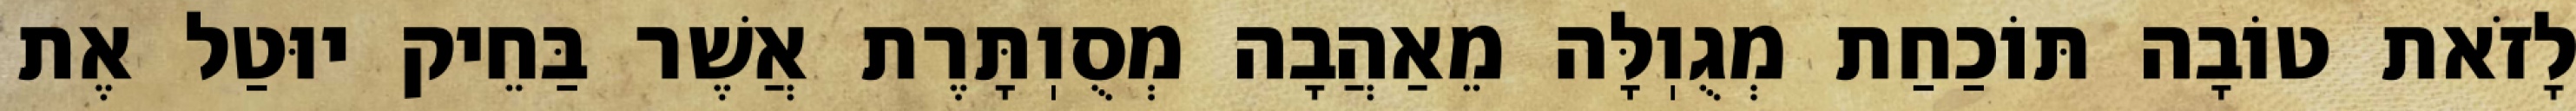
לָזֹאת טוֹבָה תּוֹכַחַת מְגֻוֽלָּה מֵאַהֲבָה מְסֻוֽתָּרֶת אֲשֶׁר בַּחֵיק יוּטַל אֶת